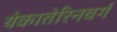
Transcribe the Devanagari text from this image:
येकातेरिनबर्ग